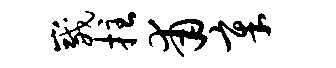
崴拄甫章